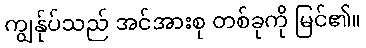
ကျွန်ုပ်သည် အင်အားစု တစ်ခုကို မြင်၏။